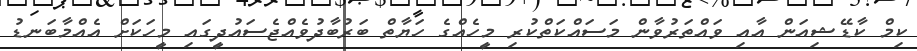
ކިމް ކާޑޭޝިއަން އާއި ވައްތަރުވާން މަސައްކަތްކުރި މީހެއްގެ ހަޔާތް ބަރުބާދުވެއްޖެސައުދީގައި މީހަކަށް އެއްމާބަނޑު